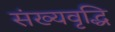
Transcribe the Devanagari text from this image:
संख्यवृद्धि